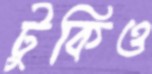
টুকিও